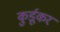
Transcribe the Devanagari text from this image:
कुर्डूकर